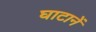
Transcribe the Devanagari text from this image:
घाटानें